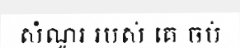
សំណួរ របស់ គេ ចប់